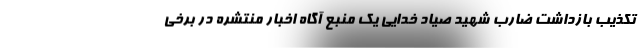
تکذیب بازداشت ضارب شهید صیاد خدایی یک منبع آگاه اخبار منتشره در برخی